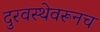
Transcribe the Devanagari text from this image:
दुरवस्थेवरूनच